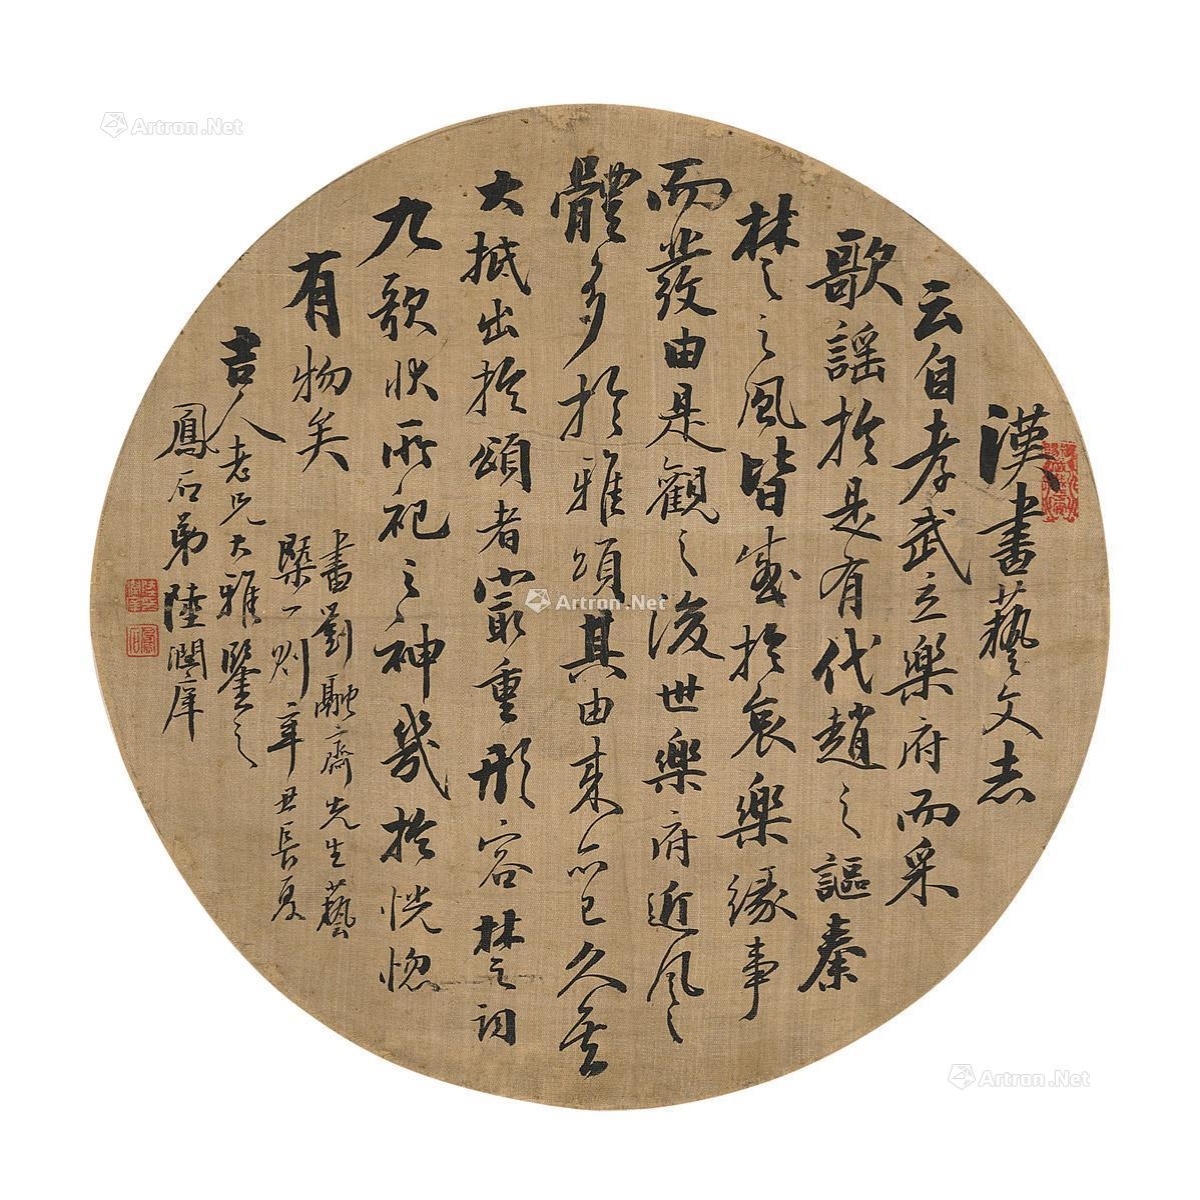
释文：汉书艺文志云：自孝武立乐府而采歌谣，于是有代赵之讴，秦楚之风皆盛于哀乐，缘事而发。由是观之，后世乐府近风之体多于雅颂，其由来亦已久矣。大抵出于颂者，最重形容，楚词九歌然所祀之神，几于恍惚有物矣。书刘融斋先生艺概一则，辛丑长夏，吉人老兄大雅鉴之，凤石弟陆润庠。